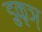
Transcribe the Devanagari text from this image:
डुकृञ्